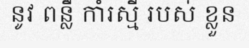
នូវ ពន្លឺ កាំរស្មី របស់ ខ្លួន